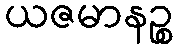
ယဇမာနဉ္စ